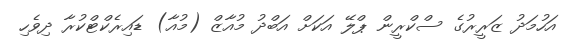
އަހުމަދު ޒަރީރުގެ ސްކްރީން ޕްލޭ އަކަށް އަބްދު މުއާޒް (މުއާ) ޑައިރެކްޓްކުރާ ދިވެހި